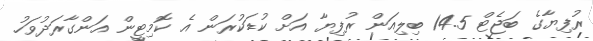
ރުފިޔާގެ ބަޖެޓް 14.5 ބިލިއަން ރުފިޔާ އަށް ކުޑަކުރަން އެ ކޮމިޓީން އަންގާރަދުވަހު